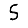
Digit: 5